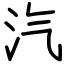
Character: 汽